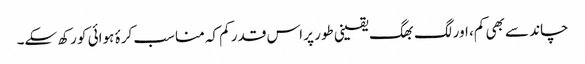
چاند سے بھی کم، اور لگ بھگ یقینی طور پر اس قدر کم کہ مناسب کرۂ ہوائی کو رکھ سکے۔